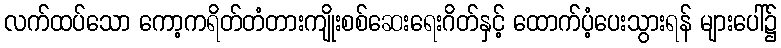
လက်ထပ်သော ကော့ကရိတ်တံတားကျိုးစစ်ဆေးရေးဂိတ်နှင့် ထောက်ပံ့ပေးသွားရန် များပေါ်၌